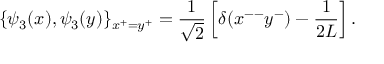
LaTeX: \{ \psi _ { 3 } ( x ) , \psi _ { 3 } ( y ) \} _ { x ^ { + } = y ^ { + } } = \frac { 1 } { \sqrt 2 } \left[ \delta ( x ^ { -- } y ^ { - } ) - \frac { 1 } { 2 L } \right] .